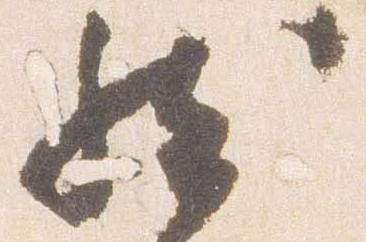
然